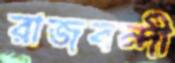
রাজবন্দী